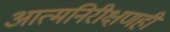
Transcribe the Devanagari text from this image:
आत्मनिरीक्षणही